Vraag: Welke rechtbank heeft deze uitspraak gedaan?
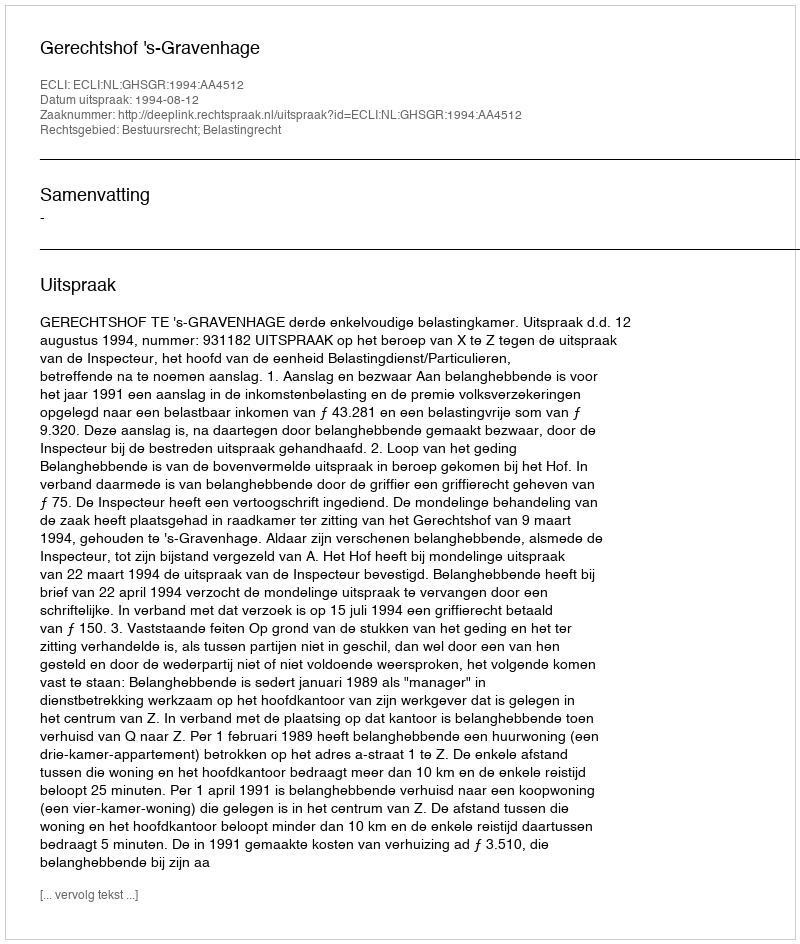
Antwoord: Gerechtshof 's-Gravenhage